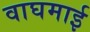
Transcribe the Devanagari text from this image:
वाघमाई